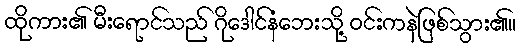
ထိုကား၏ မီးရောင်သည် ဂိုဒေါင်နံဘေးသို့ ဝင်းကနဲဖြစ်သွား၏။